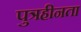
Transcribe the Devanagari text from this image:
पुत्रहीनता